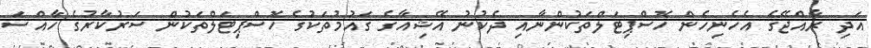
އަދި ރާއްޖޭގެ އެހެނިހެން ހޮސްޕިޓަލްތަކުންނާއި ދެކުނު އޭޝިއާގެ ގައުމުތަކުގެ ހޮސްޕިޓަލްތަކުން ސަރުކާރުގެ ހާއްސަ